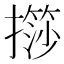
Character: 𢶌